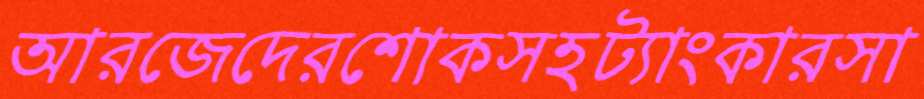
আরজেদেরশোকসহট্যাংকারসা